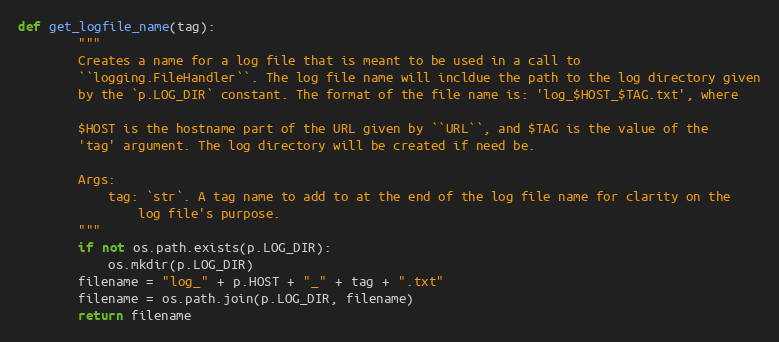
Language: Python
def get_logfile_name(tag):
        """
        Creates a name for a log file that is meant to be used in a call to
        ``logging.FileHandler``. The log file name will incldue the path to the log directory given
        by the `p.LOG_DIR` constant. The format of the file name is: 'log_$HOST_$TAG.txt', where

        $HOST is the hostname part of the URL given by ``URL``, and $TAG is the value of the
        'tag' argument. The log directory will be created if need be.

        Args:
            tag: `str`. A tag name to add to at the end of the log file name for clarity on the
                log file's purpose.
        """
        if not os.path.exists(p.LOG_DIR):
            os.mkdir(p.LOG_DIR)
        filename = "log_" + p.HOST + "_" + tag + ".txt"
        filename = os.path.join(p.LOG_DIR, filename)
        return filename